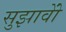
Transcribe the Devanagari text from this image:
सुझावोें